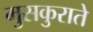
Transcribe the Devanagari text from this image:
मुसकुराते